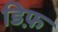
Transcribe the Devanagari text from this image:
डिफ़